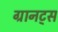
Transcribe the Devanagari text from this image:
ग्रानट्स